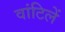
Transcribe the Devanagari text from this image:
वांटिलें